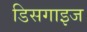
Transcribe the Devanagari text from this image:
डिसगाइज